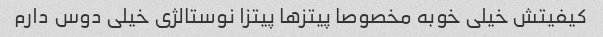
کیفیتش خیلی خوبه مخصوصا پیتز‌ها پیتزا نوستالژی خیلی دوس دارم